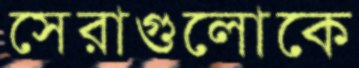
সেরাগুলোকে